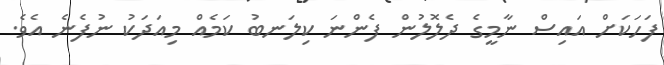
ފަހަކަށް އައިސް ނާމީގެ ދެލޮލުން ފެންނަ ކިލަނބު ކަމެއް މިއަދަކު ނުފެނެ އެވެ.